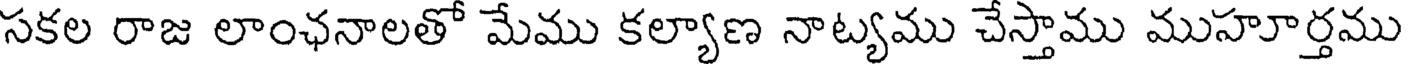
సకల రాజ లాంఛనాలతో మేము కల్యాణ నాట్యము చేస్తాము ముహూర్తము